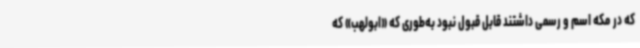
که در مکه اسم و رسمی داشتند قابل قبول نبود به‌طوری که «ابولهب» که